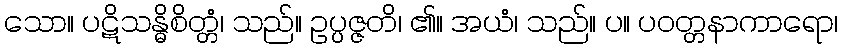
သော။ ပဋိသန္ဓိစိတ္တံ၊ သည်။ ဥပ္ပဇ္ဇတိ၊ ၏။ အယံ၊ သည်။ ပ။ ပဝတ္တနာကာရော၊